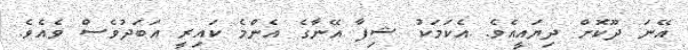
އޭނަ ދޫކޮށް ދިޔައީއެވެ. އެކަމަކު ޝިފާ އޭނާގެ އެންމެ ކައިރީ އަބަދުވެސް ވެއެވެ.